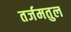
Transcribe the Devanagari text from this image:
तर्जमतुल